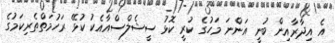
އެ އިދާރާއިން ބުނީ އަންނަ މަހުގެ ކުރީ ކޮޅު ސީޝެލްސްއާއެކު ކުޅޭ ރަހުމަތްތެރިކަމުގެ